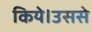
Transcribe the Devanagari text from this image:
किये।उससे